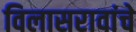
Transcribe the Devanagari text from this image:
विलासरावांचे